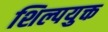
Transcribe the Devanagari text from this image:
शिल्पयुक्त